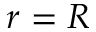
r = R